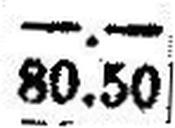
80.50